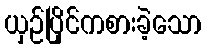
ယှဉ်ပြိုင်ကစားခဲ့သော